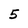
Character: 5